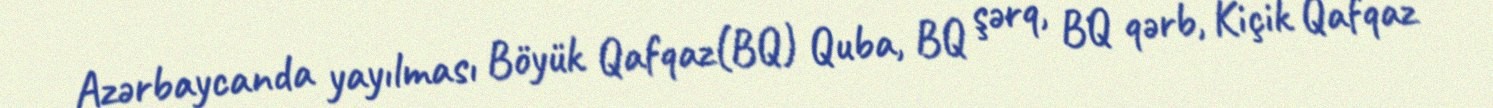
Azərbaycanda yayılması Böyük Qafqaz(BQ) Quba, BQ şərq, BQ qərb, Kiçik Qafqaz